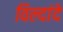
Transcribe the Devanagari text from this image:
विल्दांदे